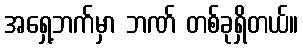
အရှေ့ဘက်မှာ ဘဏ် တစ်ခုရှိတယ်။